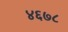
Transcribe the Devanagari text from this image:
४६७८